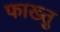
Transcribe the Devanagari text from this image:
फाख्तु